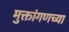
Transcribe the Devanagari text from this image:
मुक्तांगणच्या